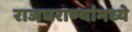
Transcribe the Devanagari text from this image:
राजघराण्यांमध्ये